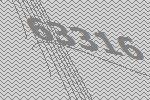
63316